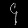
Digit: ၄